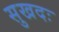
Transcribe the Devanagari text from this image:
सुखदः